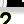
Digit: 2